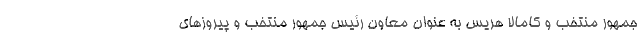
جمهور منتخب و کامالا هریس به عنوان معاون رئیس جمهور منتخب و پیروزهای